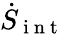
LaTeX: \dot{S}_{\mathrm{~i~n~t~}}